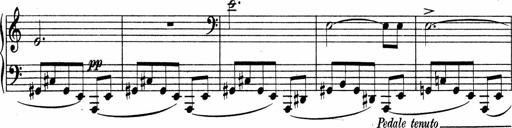
Title: Sonatina No.4
Composer: Abram Kimmell
Key: E minor